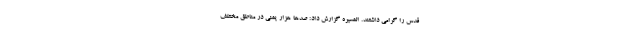
قدس را گرامی داشتند. المسیره گزارش داد: صدها هزار یمنی در مناطق مختلف